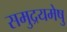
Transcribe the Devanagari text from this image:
समुद्रयमेषु